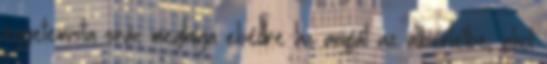
egyetemista srác meghívja ebédre az anyját az albérletbe, ahol